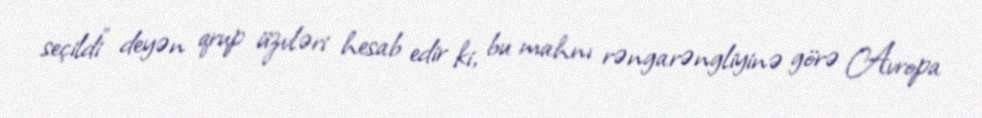
seçildi" deyən qrup üzvləri hesab edir ki, bu mahnı rəngarəngliyinə görə Avropa